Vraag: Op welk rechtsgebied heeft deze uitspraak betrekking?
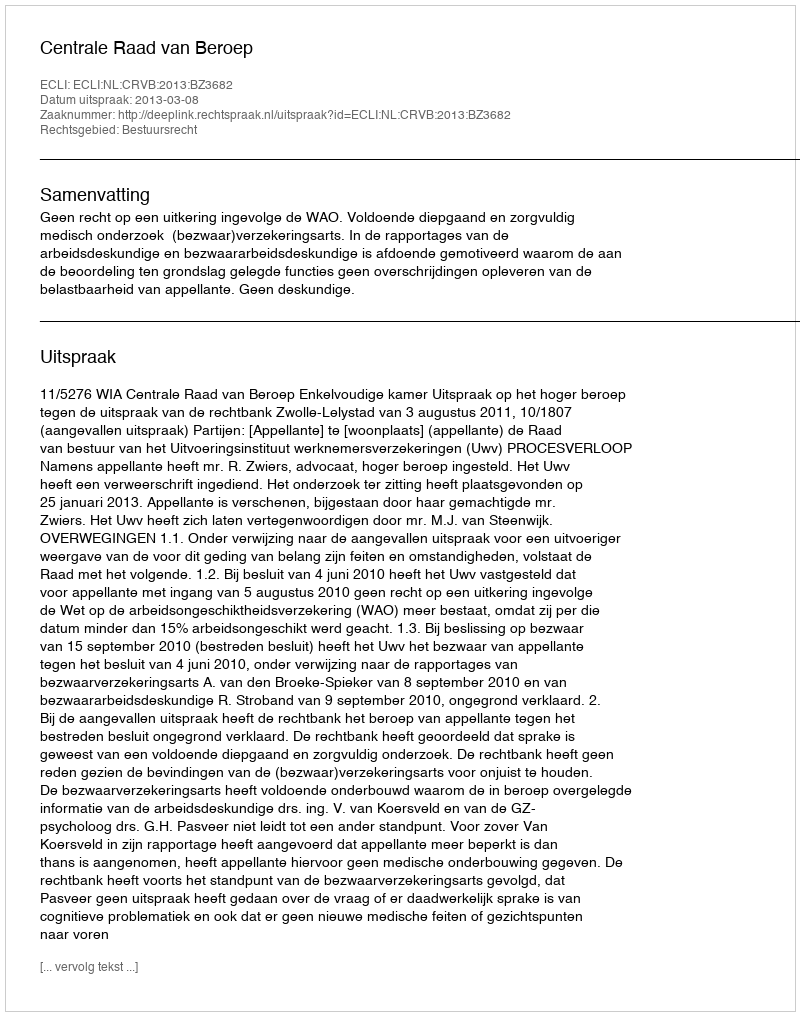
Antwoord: Bestuursrecht